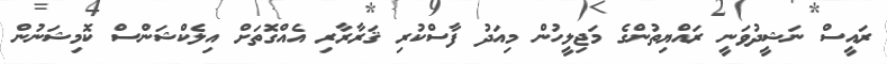
ރައީސް ނަޝީދުވަނީ ރައްޔިތުންގެ މަޖިލީހުން މިއަދު ފާސްކުރި ޤަރާރާރި އެއްގޮތަށް އިލެކްޝަންސް ކޮމިޝަނުން